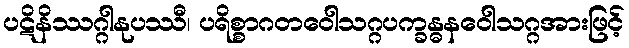
ပဋိနိဿဂ္ဂါနုပဿီ၊ ပရိစ္စာဂတဝေါသဂ္ဂပက္ခန္ဓနဝေါသဂ္ဂအားဖြင့်